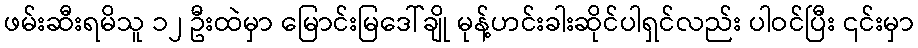
ဖမ်းဆီးရမိသူ ၁၂ ဦးထဲမှာ မြောင်းမြဒေါ်ချို မုန့်ဟင်းခါးဆိုင်ပါရှင်လည်း ပါဝင်ပြီး ၎င်းမှာ